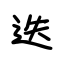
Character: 迭